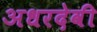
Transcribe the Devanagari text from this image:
अधरदेवी